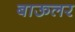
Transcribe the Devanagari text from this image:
बाऊलर